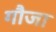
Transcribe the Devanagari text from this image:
गौजा